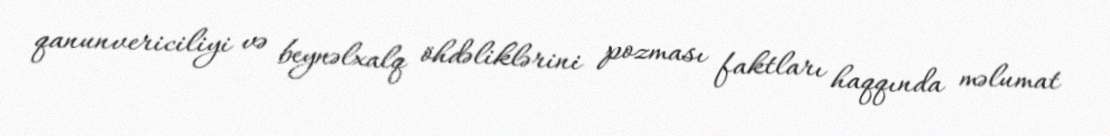
qanunvericiliyi və beynəlxalq öhdəliklərini pozması faktları haqqında məlumat